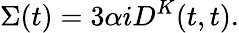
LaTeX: \Sigma(t)={3}\alpha iD^{K}(t,t).